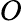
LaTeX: O